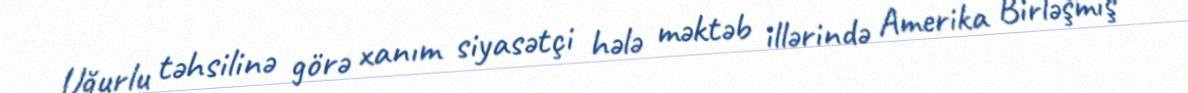
Uğurlu təhsilinə görə xanım siyasətçi hələ məktəb illərində Amerika Birləşmiş